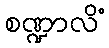
စဏ္ဍာလိံ